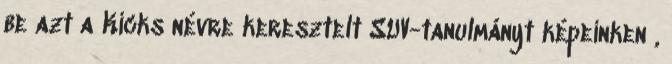
be azt a Kicks névre keresztelt SUV-tanulmányt képeinken ,